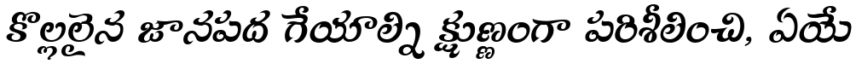
కొల్లలైన జానపద గేయాల్ని క్షుణ్ణంగా పరిశీలించి, ఏయే